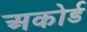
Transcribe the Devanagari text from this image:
अकोर्ड